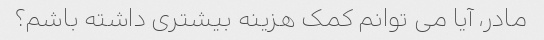
مادر، آیا می توانم کمک هزینه بیشتری داشته باشم؟